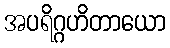
အပရိဂ္ဂဟိတာယော